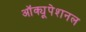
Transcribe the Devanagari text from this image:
ऑक्यूपेशनल